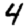
Digit: 4